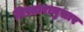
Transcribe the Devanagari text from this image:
विस्तारानुसार